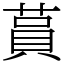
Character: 蒷